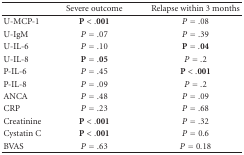
|  | Severe outcome | Relapse within 3 months |
 | --- | --- | --- |
 | U-MCP-1 | P < .001 | P = .08 |
 | U-IgM | P = .07 | P = .39 |
 | U-IL-6 | P = .10 | P = .04 |
 | U-IL-8 | P = .05 | P = .2 |
 | P-IL-6 | P = .45 | P < .001 |
 | P-IL-8 | P = .09 | P = .2 |
 | ANCA | P = .48 | P = .09 |
 | CRP | P = .23 | P = .68 |
 | Creatinine | P < .001 | P = .32 |
 | Cystatin C | P < .001 | P = 0.6 |
 | BVAS | P = .63 | P = 0.18 |